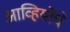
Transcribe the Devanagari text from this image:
आव्हियोंचे